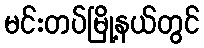
မင်းတပ်မြို့နယ်တွင်